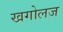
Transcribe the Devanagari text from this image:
खगोलज